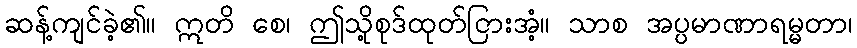
ဆန့်ကျင်ခဲ့၏။ ဣတိ စေ၊ ဤသို့စုဒ်ထုတ်ငြားအံ့။ သာစ အပ္ပမာဏာရမ္မတာ၊